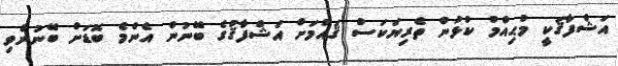
އަޝްފާޤަކީ މުޙިއްމު ކުޅުން ތެރިޔަކަސް ޤައުމަށް އަޝްފާޤުގެ ބޭނުން އެންމެ ބޮޑަށް ބޭނުންވި